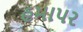
હમાપર